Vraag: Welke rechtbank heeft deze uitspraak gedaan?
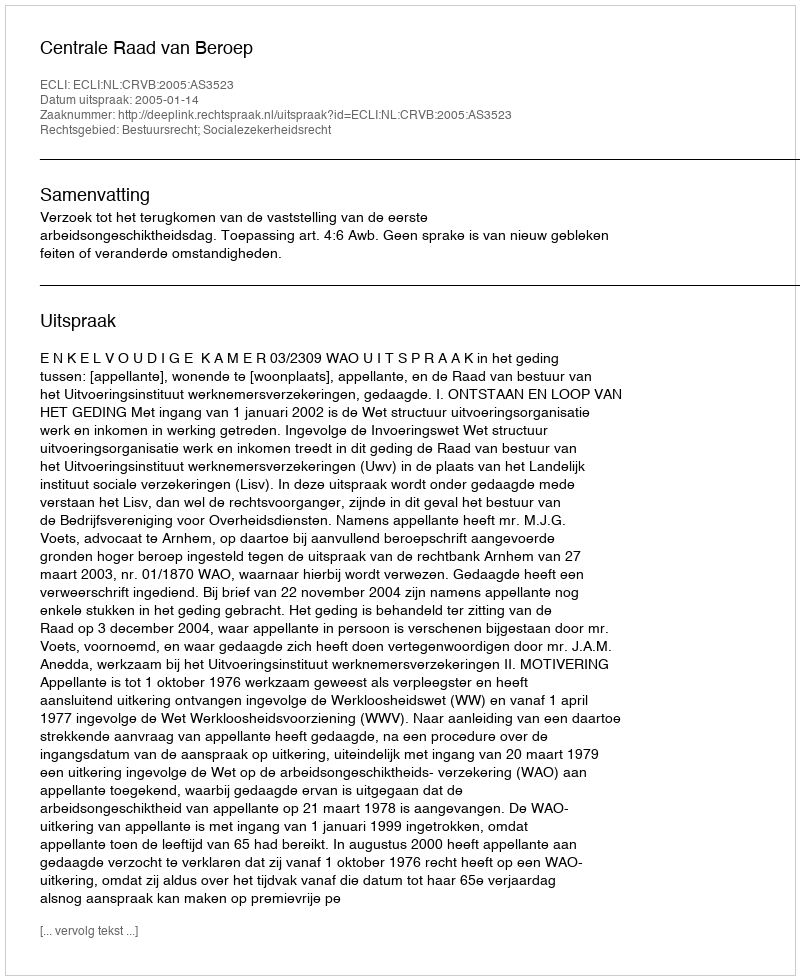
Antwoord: Centrale Raad van Beroep